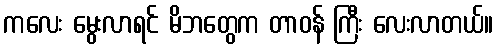
ကလေး မွေးလာရင် မိဘတွေက တာဝန် ကြီး လေးလာတယ်။